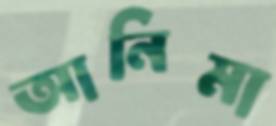
আনিমা